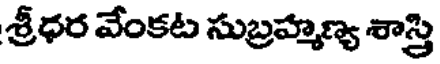
శ్రీధర వేంకట సుబ్రహ్మణ్య శాస్త్రి